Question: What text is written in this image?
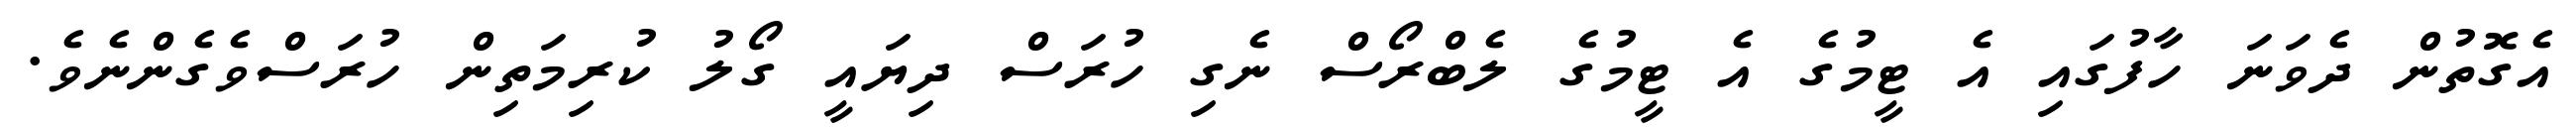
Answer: އެގޮތުން ދެވަނަ ހާފުގައި އެ ޓީމުގެ އެ ޓީމުގެ ލެބްރޯސް ނެގި ހުރަސް ދިޔައީ ގޯލު ކުރިމަތިން ހުރަސްވެގެންނެވެ.